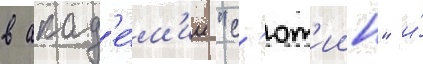
в акад'е́м'ии "с'ют'иин" и́